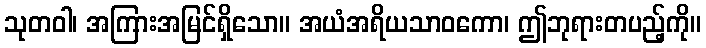
သုတဝါ၊ အကြားအမြင်ရှိသော။ အယံအရိယသာဝကော၊ ဤဘုရားတပည့်ကို။